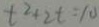
t ^ { 2 } + 2 t = 1 0